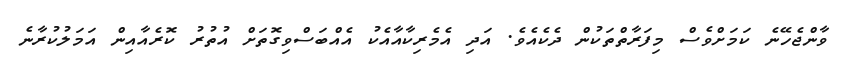
ވާންޖެހޭނެ ކަމަށްވެސް މިފަރާތްތަކުން ދެކެއެވެ. އަދި އެމެރިކާއާއެކު އެއްބަސްވިގޮތަށް އުތުރު ކޮރެއާއިން އަމަލުކުރާނެ